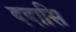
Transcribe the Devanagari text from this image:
ददासि